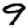
Digit: 9